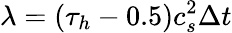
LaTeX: \lambda=\left({{\tau_{h}}-0.5}\right)c_{s}^{2}\Delta t